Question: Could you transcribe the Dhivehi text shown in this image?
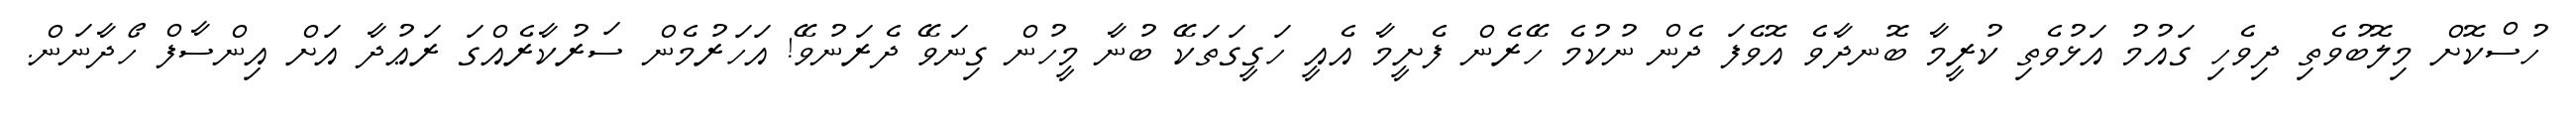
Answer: ހުސްކޮށް މިލޮބުވެތި ދިވެހި ގައުމު އަޅުވެތި ކުރީމާ ބޮނދާވެ އޮވެފަ ދެން ނުކުމެ ހޭރެން ފެށީމާ އެއީ ހަގީގަތަކޭ ބުނާ މީހުން ގިނަވޭ ދެރަނުވޭ! އަހަރުމެން ސަރުކާރެއްގަ ރަޢުދާ އަށް އިންސާފް ހޯދާނަން.